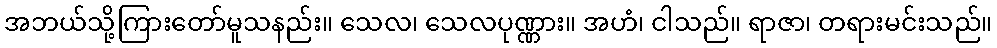
အဘယ်သို့ကြားတော်မူသနည်း။ သေလ၊ သေလပုဏ္ဏား။ အဟံ၊ ငါသည်။ ရာဇာ၊ တရားမင်းသည်။